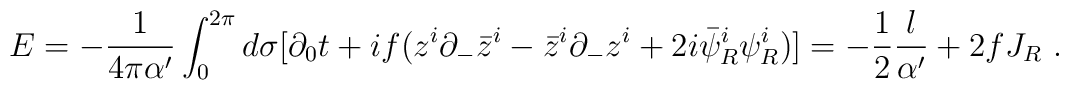
E = - \frac{1}{4 \pi \alpha '} \int^{2\pi}_0 d \sigma [ \partial_0 t      +  i f (z^i \partial_- \bar{z}^i      - \bar{z}^i \partial_- z^i  + 2 i \bar{\psi}^i_R \psi^i_R ) ]    = - \frac{1}{2} \frac{l}{\alpha '} + 2 f J_R ~.